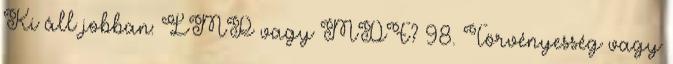
Ki áll jobban: LMP vagy MDF? 98. Törvényesség vagy